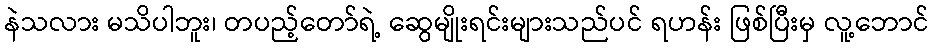
နဲသလား မသိပါဘူး၊ တပည့်တော်ရဲ့ ဆွေမျိုးရင်းများသည်ပင် ရဟန်း ဖြစ်ပြီးမှ လူ့ဘောင်